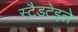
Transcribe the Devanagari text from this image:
स्टैडटेइले